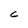
Character: 6